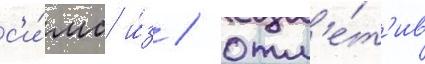
с'и́мс и́з / отм'е́т'ив